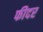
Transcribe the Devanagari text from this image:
फीदर